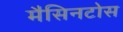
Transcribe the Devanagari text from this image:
मैसिनटोस